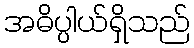
အဓိပ္ပါယ်ရှိသည်